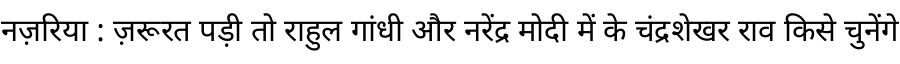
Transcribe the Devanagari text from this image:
नज़रिया : ज़रूरत पड़ी तो राहुल गांधी और नरेंद्र मोदी में के चंद्रशेखर राव किसे चुनेंगे